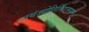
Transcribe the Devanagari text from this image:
स्वयंज्योतिर्निरामयम्